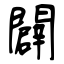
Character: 闢